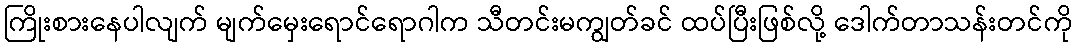
ကြိုးစားနေပါလျက် မျက်မှေးရောင်ရောဂါက သီတင်းမကျွတ်ခင် ထပ်ပြီးဖြစ်လို့ ဒေါက်တာသန်းတင်ကို